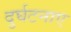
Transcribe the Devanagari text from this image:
दुर्घटनाए